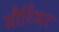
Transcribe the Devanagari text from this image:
मौर्टिमर